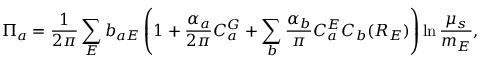
\Pi _ { a } = \frac { 1 } { 2 \pi } \sum _ { E } b _ { a E } \left( 1 + \frac { \alpha _ { a } } { 2 \pi } C _ { a } ^ { G } + \sum _ { b } \frac { \alpha _ { b } } { \pi } C _ { a } ^ { E } C _ { b } ( R _ { E } ) \right) \ln \frac { \mu _ { s } } { m _ { E } } ,